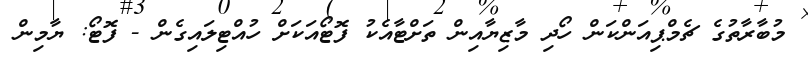
މުބާރާތުގެ ޗެމްޕިއަންކަން ހޯދި މާޒިޔާއިން ތަށްޓާއެކު ފޮޓޯއަކަށް ހުއްޓިލައިގެން - ފޮޓޯ: ޔާމިން